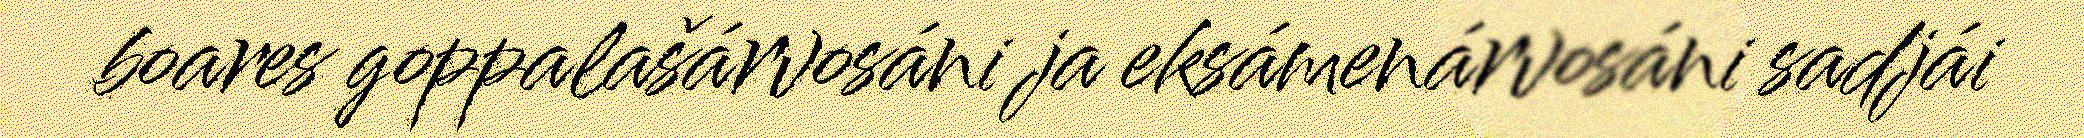
boares goppalašárvosáni ja eksámenárvosáni sadjái